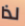
لذا